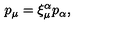
p _ { \mu } = \xi _ { \mu } ^ { \alpha } p _ { \alpha } ,